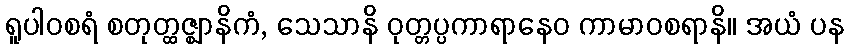
ရူပါဝစရံ စတုတ္ထဇ္ဈာနိကံ, သေသာနိ ဝုတ္တပ္ပကာရာနေဝ ကာမာဝစရာနိ။ အယံ ပန